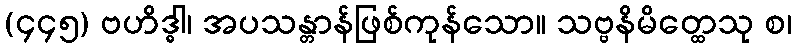
(၄၄၅) ဗဟိဒ္ဓါ၊ အပသန္တာန်ဖြစ်ကုန်သော။ သဗ္ဗနိမိတ္ထေသု စ၊